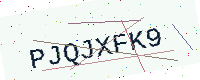
Text: PJQJXFK9